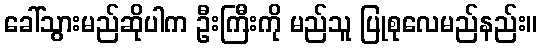
ခေါ်သွားမည်ဆိုပါက ဦးကြီးကို မည်သူ ပြုစုလေမည်နည်း။